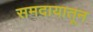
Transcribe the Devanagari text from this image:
समदायातून